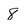
Character: 8